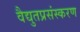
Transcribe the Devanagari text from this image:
वैद्युतप्रसंस्करण